Medical and sanitary report of the native army of Madras for the year
Year: 1878
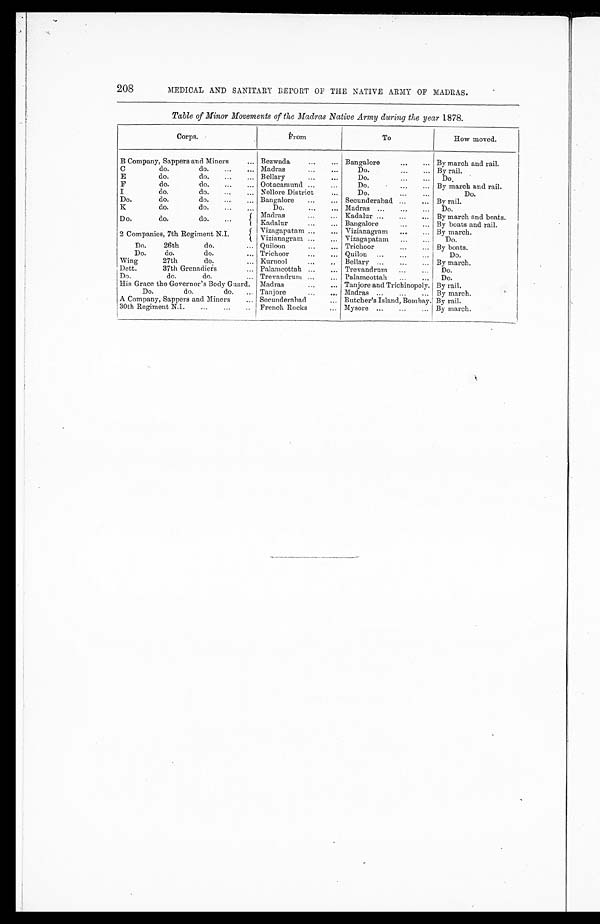
208
MEDICAL AND SANITARY REPORT OF THE NATIVE ARMY OF MADRAS.
Table of Minor Movements of the Madras Native Army during the year 1878.
Corps.
From
To
How moved.
B Company, Sappers and Miners
. . . Bezwada
. . . Bangalore
. . . By march and rail.
C
do. do.
. . . Madras . . .
Do. . . . By rail.
E do. do.
. . . Bellary
. . .
Do.
. . .
D o .
F do. do.
. . . Ootacamund
. . .
Do.
. . . By march and rail.
I do. do.
. . . Nellore District
. . .
Do.
. . .
Do.
Do. do. do. . . . Bangalore
. . . Secunderabad
. . . By rail.
K do. do.
. . .
Do.
. . . Madras
. . .
Do.
Do. do. do.
. . .
Madras
. . . Kadalur
. . . By march and boats.
Kadalur
. . . Bangalore
. . . By boats and rail.
2 companies, 7th Regiment N.I.
Vizagapatam . . . Vizianagram
. . . By march.
Vizianagram
. . . Vizagapatam
. . .
Do.
Do. 26th do. . . . Quiloon
. . . Trichoor
. . . By boats.
Do. do. do.
. . . Trichoor
. . . Quilon
. . .
Do.
Wing 27th do.
. . . Kurnool
. . .
B e l l a r y . . . By march.
Dett. 37th Grenadiers
. . . Palamcottah
. . . Trevandrum
. . .
Do.
Do. do. do.
. . . Trevandrum
. . . Palamcottah . . .
Do.
His Grace the Governor's Body Guard. Madras
. . . Tanjore and Trichinopoly. By rail.
Do. do. do.
. . . Tanjore
. . . Madras
. . . By march.
A Company, Sappers and Miners . . . Secunderabad
. . . Butcher's Island, Bombay. By rail.
30th Regiment N.I.
. . . French Rocks . . . Mysore
. . . By march.